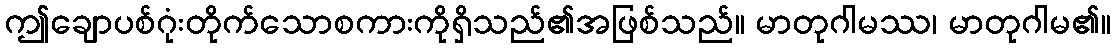
ဤချောပစ်ဂုံးတိုက်သောစကားကိုရှိသည်၏အဖြစ်သည်။ မာတုဂါမဿ၊ မာတုဂါမ၏။